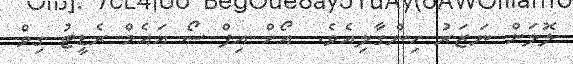
ލޮލަށް ނަޒަރު ހިންގާލިއެވެ.  އޯހް އިފް ސޯ އައެމް ރެޑީޓު ގިވް